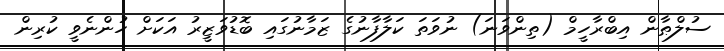
ސުލްޠާން އިބްރާހީމް (ތިންވަނަ) ނުވަތަ ކަލާފާނުގެ ޒަމާނުގައި ބޮޑުވަޒީރު އަކަށް ހުންނެވީ ކުރިން